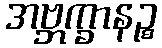
အဗ္ဘက္ခာနဉ္စ